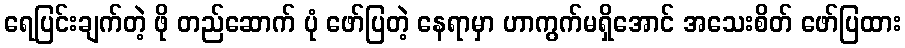
ရေပြင်းချက်တဲ့ ဖို တည်ဆောက် ပုံ ဖော်ပြတဲ့ နေရာမှာ ဟာကွက်မရှိအောင် အသေးစိတ် ဖော်ပြထား